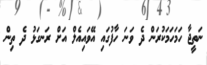
ނަތީޖާ ހަމަހަމަކުރަން ދެ ވަނަ ހާފުގައި އޭވައިއެލް އަށް ރަނގަޅު ދެ ތިން